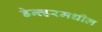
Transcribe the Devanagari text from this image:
डेन्व्हरमधील